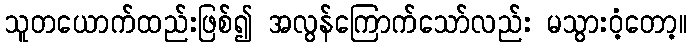
သူတယောက်ထည်းဖြစ်၍ အလွန်ကြောက်သော်လည်း မသွားဝံ့တော့။